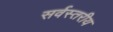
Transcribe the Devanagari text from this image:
सर्वस्तरीय